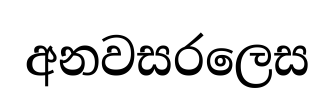
අනවසරලෙස